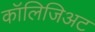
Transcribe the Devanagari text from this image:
कॉलिजिअट